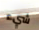
شيء